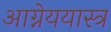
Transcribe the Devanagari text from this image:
आग्नेययास्त्र